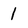
Character: 1